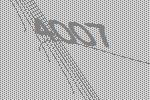
4007